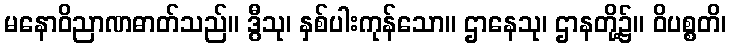
မနောဝိညာဏဓာတ်သည်။ ဒွီသု၊ နှစ်ပါးကုန်သော။ ဌာနေသု၊ ဌာနတို့၌။ ဝိပစ္စတိ၊